Insane asylums in Bengal annual reports 1867-1875 - 1867-1875
Year: 1867
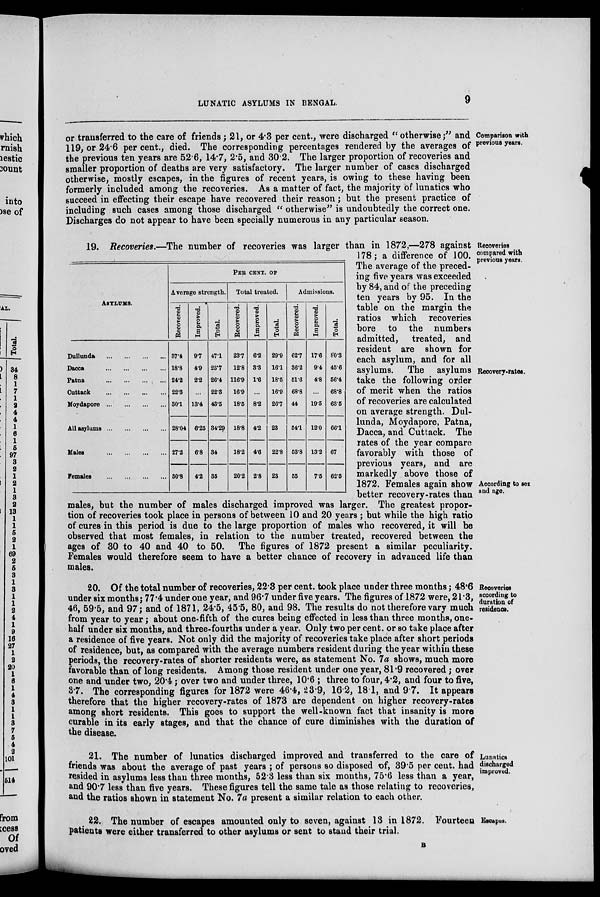
LUNATIC ASYLUMS IN BENGAL.
9
Comparison with
previous years.
or transferred to the care of friends; 21, or 4.3 per cent., were discharged "otherwise;" and
119, or 24.6 per cent., died. The corresponding percentages rendered by the averages of
the previous ten years are 52.6, 14.7, 2.5, and 30.2. The larger proportion of recoveries and
smaller proportion of deaths are very satisfactory. The larger number of cases discharged
otherwise, mostly escapes, in the figures of recent years, is owing to these having been
formerly included among the recoveries. As a matter of fact, the majority of lunatics who
succeed in effecting their escape have recovered their reason; but the present practice of
including such cases among those discharged "otherwise" is undoubtedly the correct one.
Discharges do not appear to have been specially numerous in any particular season.
Recoveries
compared with
previous years.
Recovery-rates.
According to sex
and age.
ASYLUMS.
Dullunda
...
...
...
...
Dacca
...
...
...
...
Patna ... ... ... ... ...
Cuttack
...
...
...
...
...
Moydapore ... ... ... ... ... ...
All asylums
...
...
...
...
Males
...
...
...
...
...
Females
...
...
...
...
PER CENT. OF
Average strength.
Recovered.
37.4
18.8
24.2
22.3
30.1
28.04
27.2
30.8
Improved.
Total.
9.7
4.9
2.2
...
13.4
6.25
6.8
4.2
47.1
23.7
26.4
22.3
43.5
34.29
34
35
Total treated.
Recovered.
23.7
12.8
116.9
16.9
18.5
18.8
18.2
20.2
improved.
6.2
3.3
1.6
...
8.2
4.2
4.6
2.8
Total.
29.9
16.1
18.5
16.9
26.7
23
22.8
23
Admissions.
Recovered.
62.7
36.2
51.6
68.8
44
54.1
53.8
55
Improved.
Total.
17.6
9.4
4.8
...
19.5
12.0
13.2
7.5
80.3
45.6
56.4
68.8
63.5
66.1
67
62.5
19. Recoveries.—The number of recoveries was larger than in 1872,—278 against
178; a difference of 100.
The average of the preced-
ing five years was exceeded
by 84, and of the preceding
ten years by 95. In the
table on the margin the
ratios which recoveries
bore to the numbers
admitted, treated, and
resident are shown for
each asylum, and for all
asylums. The asylums
take the following order
of merit when the ratios
of recoveries are calculated
on average strength. Dul-
lunda, Moydapore, Patna,
Dacca, and Cuttack. The
rates of the year compare
favorably with those of
previous years, and are
markedly above those of
1872. Females again show
better recovery-rates than
males, but the number of males discharged improved was larger. The greatest propor-
tion of recoveries took place in persons of between 10 and 20 years ; but while the high ratio
of cures in this period is due to the large proportion of males who recovered, it will be
observed that most females, in relation to the number treated, recovered between the
ages of 30 to 40 and 40 to 50. The figures of 1872 present a similar peculiarity.
Females would therefore seem to have a better chance of recovery in advanced life than
males.
Recoveries
according to
duration of
residence.
20. Of the total number of recoveries, 22.3 per cent. took place under three months; 48.6
under six months; 77.4 under one year, and 96.7 under five years. The figures of 1872 were, 21.3,
46, 59.5, and 97; and of 1871, 24.5, 45.5, 80, and 98. The results do not therefore vary much
from year to year; about one-fifth of the cures being effected in less than three months, one-
half under six months, and three-fourths under a year. Only two per cent. or so take place after
a residence of five years. Not only did the majority of recoveries take place after short periods
of residence, but, as compared with the average numbers resident during the year within these
periods, the recovery-rates of shorter residents were, as statement No. 7a shows, much more
favorable than of long residents. Among those resident under one year, 81.9 recovered; over
one and under two, 20.4; over two and under three, 10.6 ; three to four, 4.2, and four to five,
3.7. The corresponding figures for 1872 were 46.4, 23.9, 16.2, 18.1, and 9.7. It appears
therefore that the higher recovery-rates of 1873 are dependent on higher recovery-rates
among short residents. This goes to support the well-known fact that insanity is more
curable in its early stages, and that the chance of cure diminishes with the duration of
the disease.
Lunatics
discharged
improved.
21. The number of lunatics discharged improved and transferred to the care of
friends was about the average of past years ; of persons so disposed of, 39.5 per cent. had
resided in asylums less than three months, 52.3 less than six months, 75.6 less than a year,
and 90.7 less than five years. These figures tell the same tale as those relating to recoveries,
and the ratios shown in statement No. 7a present a similar relation to each other.
Escapes.
22. The number of escapes amounted only to seven, against 13 in 1872. Fourteen
patients were either transferred to other asylums or sent to stand their trial.
B